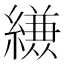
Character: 𮉈